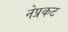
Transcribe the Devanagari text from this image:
नेप्रकट